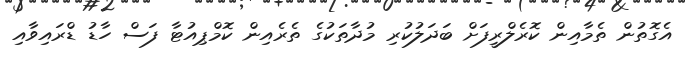
އެގޮތުން ތެމާއިން ކޮރެލްރީފަށް ބަދަލުކުރި މުދާތަކުގެ ތެރެއިން ކޮމްޕިއުޓާ ފަސް ހާޑު ޑްރައިވާއި